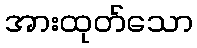
အားထုတ်သော